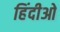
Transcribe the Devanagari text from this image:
हिंदीओ